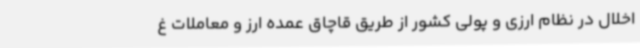
اخلال در نظام ارزی و پولی کشور از طریق قاچاق عمده ارز و معاملات غ